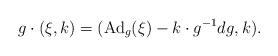
LaTeX: \begin{align*}g \cdot (\xi,k) = (\mathrm{Ad}_{g}(\xi) - k \cdot g^{-1}dg, k). \end{align*}